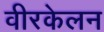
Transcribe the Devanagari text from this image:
वीरकेलन